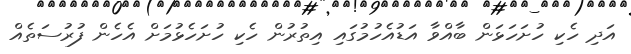
އަދި ހެކި ހުށަހަޅަން ބާއްވާ އަޑުއެހުމުގައި އިތުރުން ހެކި ހުށަހެޅުމަށް އެހެން ފުރުސަތެއް